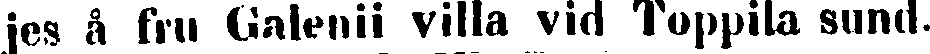
jes å fru Galenii villa vid Toppila sund.